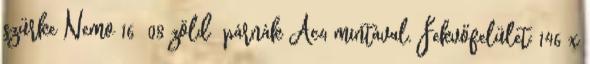
szürke Nemo 16 08 zöld párnák Ac4 mintával. Fekvőfelület: 146 x